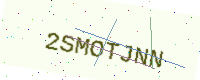
Text: 2SMOTJNN